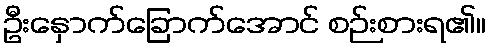
ဦးနှောက်ခြောက်အောင် စဉ်းစားရ၏။